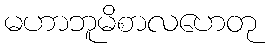
မဟာဘူမိစာလဟေတု